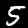
Label: 5